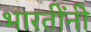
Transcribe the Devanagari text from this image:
भारतींनी